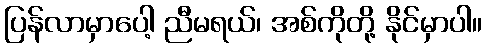
ပြန်လာမှာပေါ့ ညီမရယ်၊ အစ်ကိုတို့ နိုင်မှာပါ။